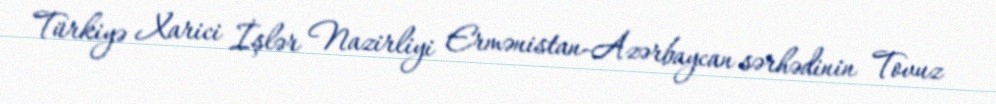
Türkiyə Xarici İşlər Nazirliyi Ermənistan-Azərbaycan sərhədinin Tovuz